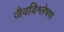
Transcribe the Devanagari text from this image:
जैवविश्लेषण